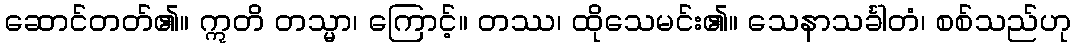
ဆောင်တတ်၏။ ဣတိ တသ္မာ၊ ကြောင့်။ တဿ၊ ထိုသေမင်း၏။ သေနာသင်္ခါတံ၊ စစ်သည်ဟု